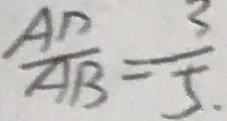
\frac { A D } { A B } = \frac { 3 } { 5 . }